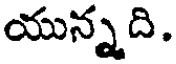
యున్నది.